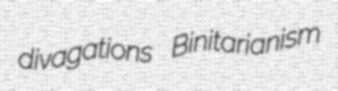
divagations Binitarianism